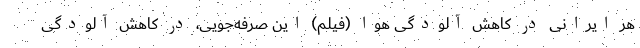
هر ایرانی در کاهش آلودگی هوا (فیلم) این صرفه‌جویی، در کاهش آلودگی